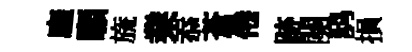
廱願旒業忝蒼倦跡闋鸱損